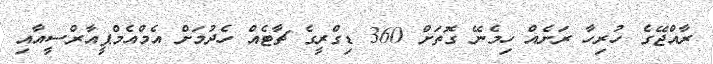
ރާއްޖޭގެ ހުރިހާ ރަށެއް ހިމެނޭ ގޮތަށް 360 ޑިގްރީގެ ޗާޓެއް ހެދުމަށް އެމްއެމްޕީއާރްސީއާއި